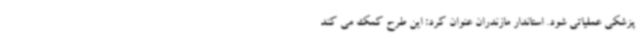
پزشکی عملیاتی شود. استاندار مازندران عنوان کرد: این طرح کمک می کند